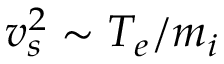
v _ { s } ^ { 2 } \sim T _ { e } / m _ { i }